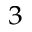
^ 3